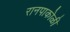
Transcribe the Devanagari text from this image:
रानपाकोळी